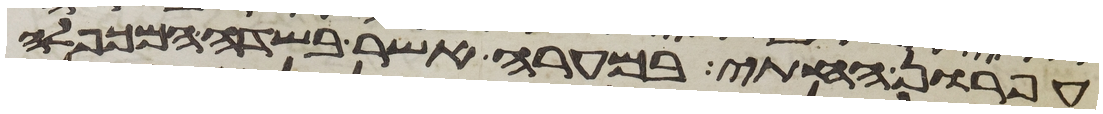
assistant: עפרון החתי במערה אשר בשדה המכפלה